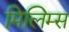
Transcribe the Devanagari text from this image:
मिलिम्स